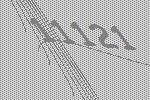
11121